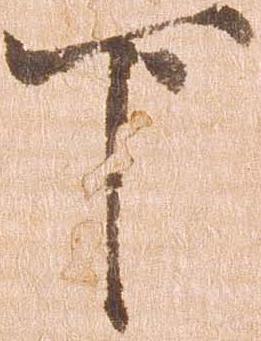
下